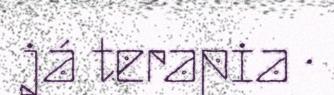
já terapia ·